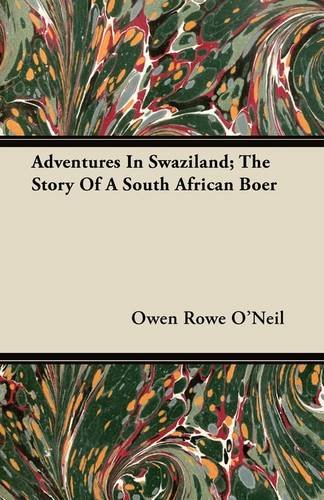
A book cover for Adventures In Swaziland; The Story Of A South African Boer; Owen Rowe O'Neil; Travel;